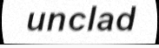
unclad